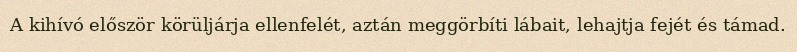
A kihívó először körüljárja ellenfelét, aztán meggörbíti lábait, lehajtja fejét és támad.